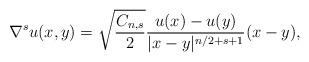
LaTeX: \begin{align*} \nabla^su(x,y)=\sqrt{\frac{C_{n,s}}{2}}\frac{u(x)-u(y)}{|x-y|^{n/2+s+1}}(x-y),\end{align*}